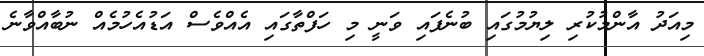
މިއަދު އާންމުކުރި ލިޔުމުގައި ބުނެފައި ވަނީ މި ހަފްތާގައި އެއްވެސް އަޑުއެހުމެއް ނުބާއްވާނެ